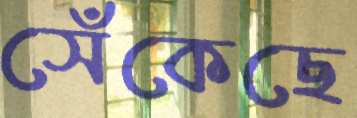
সেঁকেছে